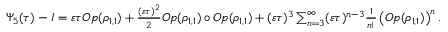
\begin{array} { r } { \Psi _ { 5 } ( \tau ) - I = \varepsilon \tau O p ( \rho _ { 1 , 1 } ) + \frac { ( \varepsilon \tau ) ^ { 2 } } { 2 } O p ( \rho _ { 1 , 1 } ) \circ O p ( \rho _ { 1 , 1 } ) + ( \varepsilon \tau ) ^ { 3 } \sum _ { n = 3 } ^ { \infty } ( \varepsilon \tau ) ^ { n - 3 } \frac { 1 } { n ! } \left( O p ( \rho _ { 1 , 1 } ) \right) ^ { n } . } \end{array}